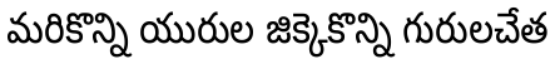
మరికొన్ని యురుల జిక్కెకొన్ని గురులచేత